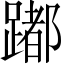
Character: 𨅮